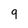
Character: g